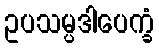
ဥပသမ္ပဒါပေက္ခံ